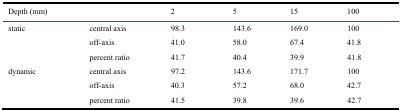
<table><thead><tr><td><b>Depth (mm)</b></td><td></td><td><b>2</b></td><td><b>5</b></td><td><b>15</b></td><td><b>100</b></td></tr></thead><tbody><tr><td>static</td><td>central axis</td><td>98.3</td><td>143.6</td><td>169.0</td><td>100</td></tr><tr><td></td><td>off‐axis</td><td>41.0</td><td>58.0</td><td>67.4</td><td>41.8</td></tr><tr><td></td><td>percent ratio</td><td>41.7</td><td>40.4</td><td>39.9</td><td>41.8</td></tr><tr><td>dynamic</td><td>central axis</td><td>97.2</td><td>143.6</td><td>171.7</td><td>100</td></tr><tr><td></td><td>off‐axis</td><td>40.3</td><td>57.2</td><td>68.0</td><td>42.7</td></tr><tr><td></td><td>percent ratio</td><td>41.5</td><td>39.8</td><td>39.6</td><td>42.7</td></tr></tbody></table>